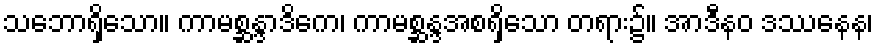
သဘောရှိသော။ ကာမစ္ဆန္ဒာဒိကေ၊ ကာမစ္ဆန္ဒအစရှိသော တရား၌။ အာဒီနဝ ဒဿနေန၊